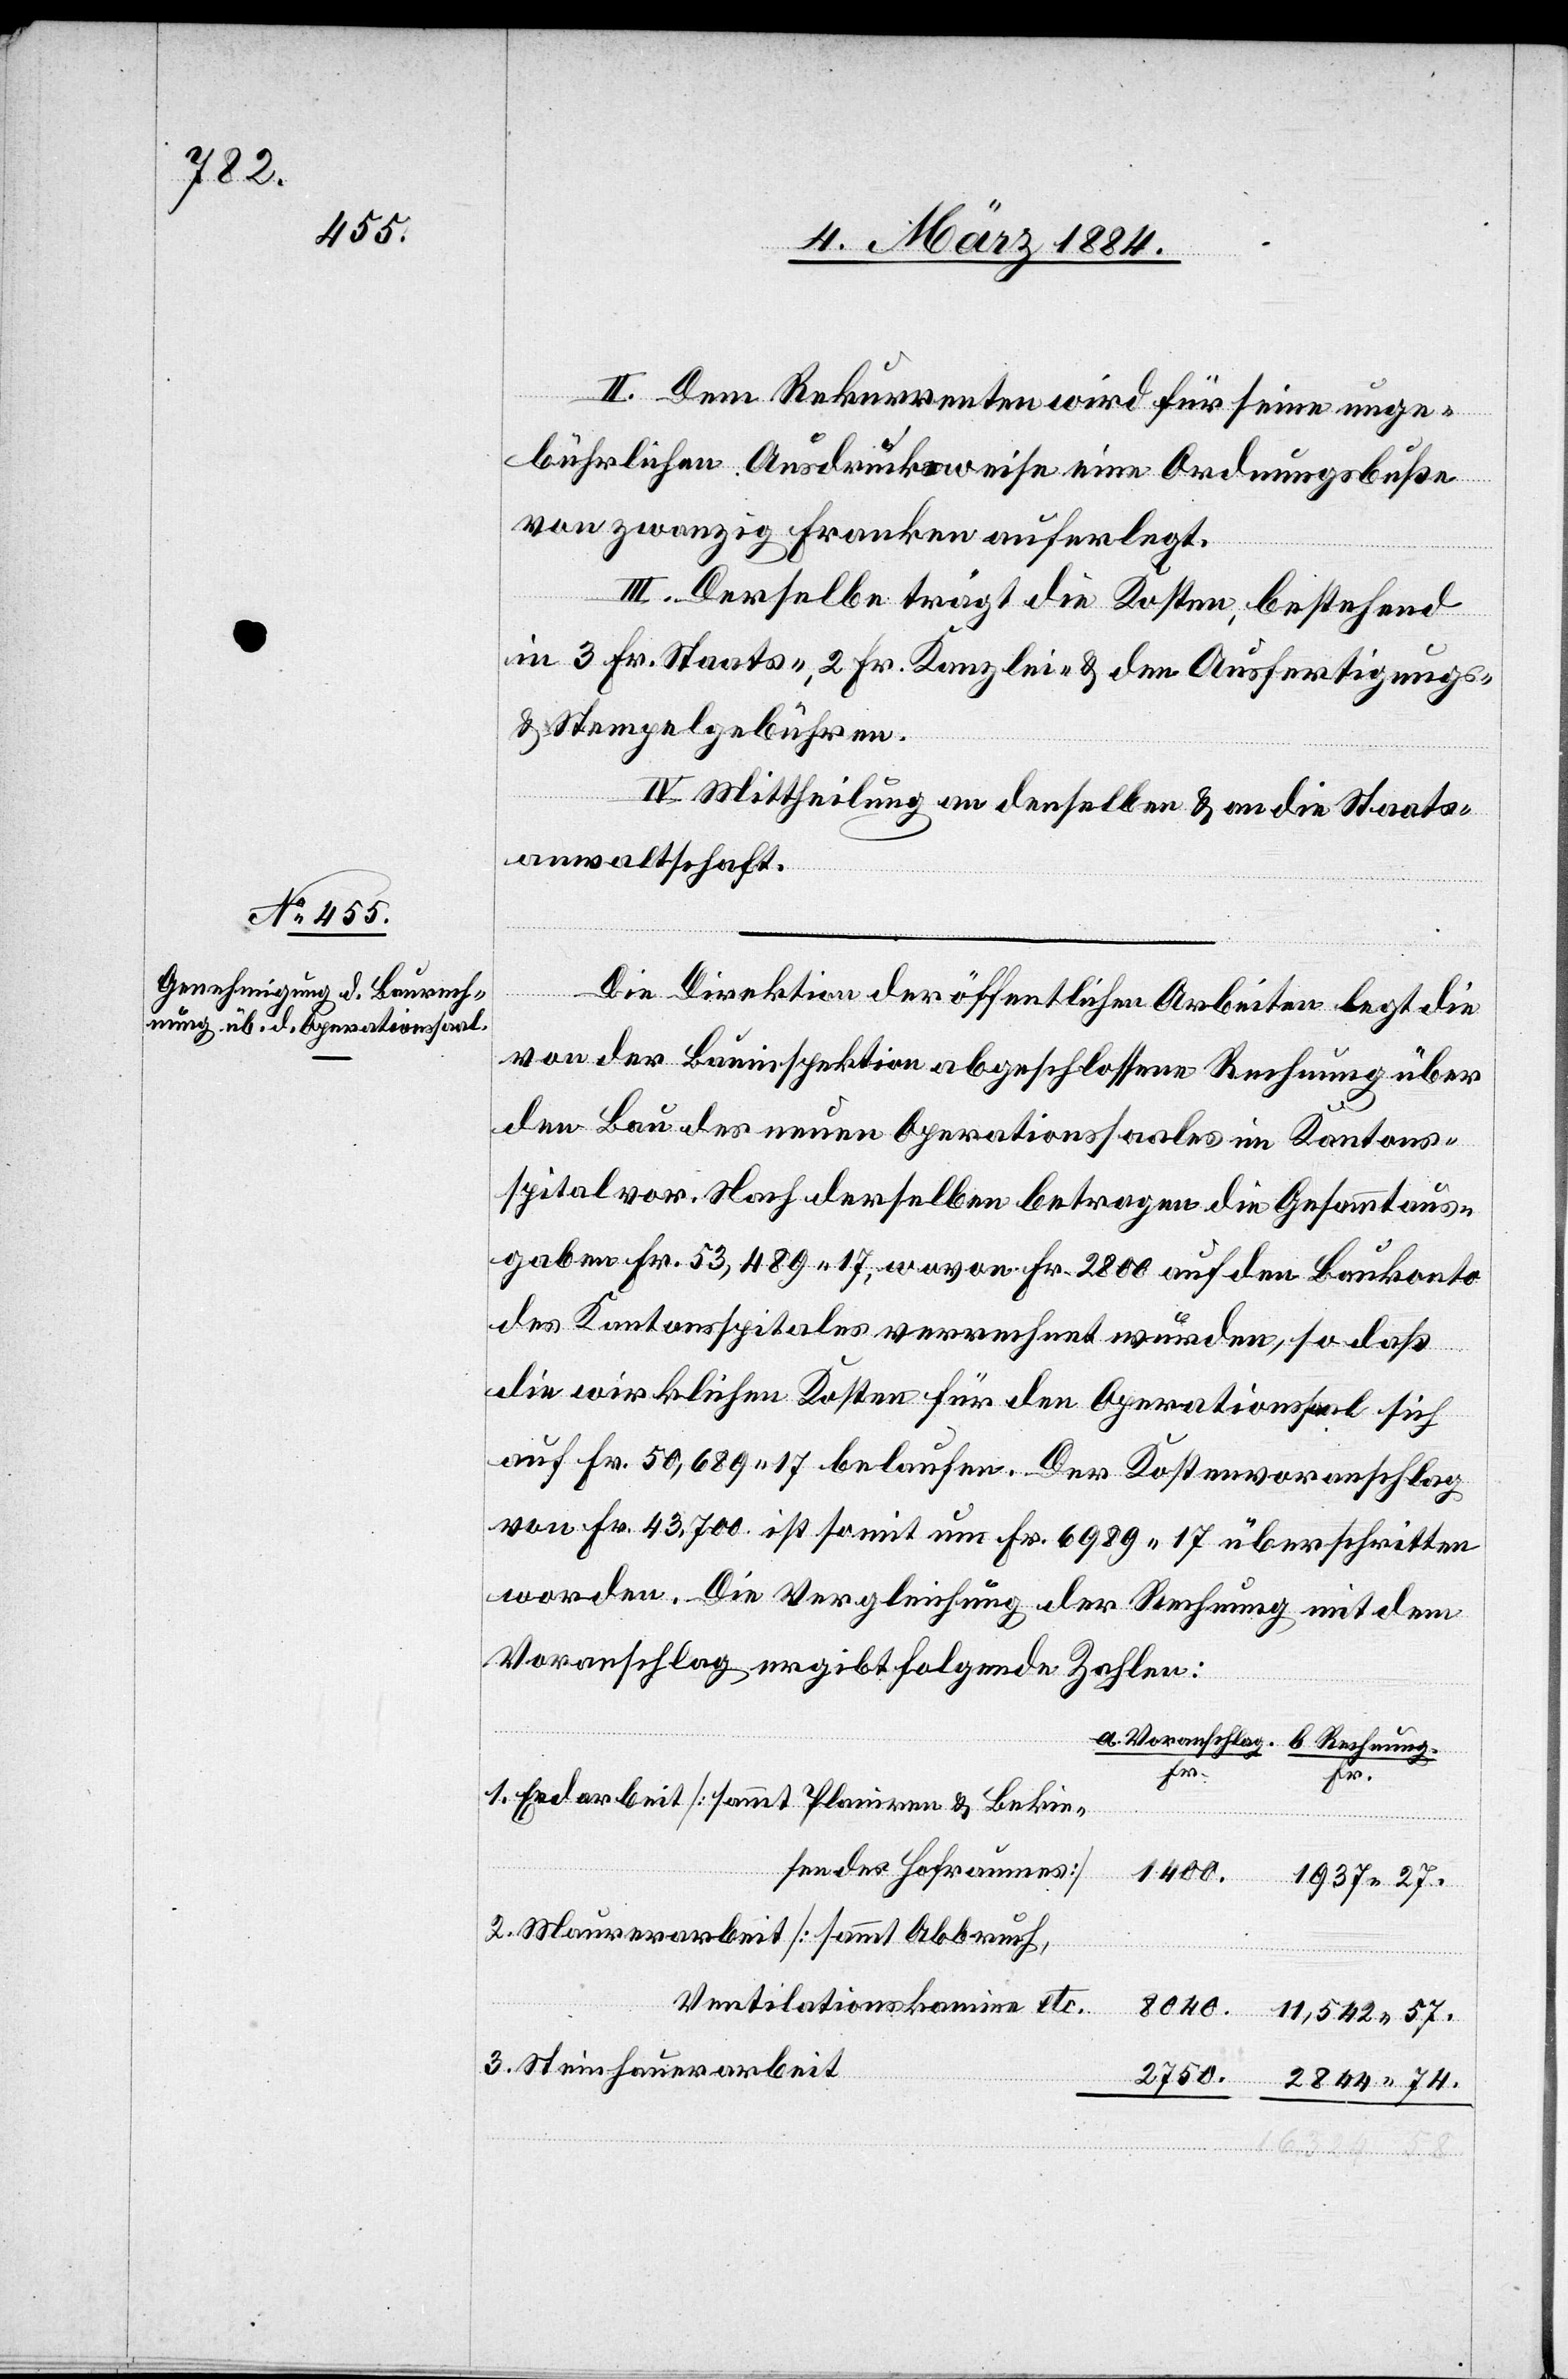
II. Dem Rekurrenten wird für seine unge¬
bührliche Ausdrucksweise eine Ordnungsbuße
von zwanzig Franken auferlegt.
III. Derselbe trägt die Kosten, bestehend
in 3. Fr. Staats- 2 Fr. Kanzlei- & den Ausfertigungs-
& Stempelgebühren.
IV. Mittheilung an denselben & an die Staats¬
anwaltschaft.
Die Direktion der öffentlichen Arbeiten legt die
von der Bauinspektion abgeschlossene Rechnung über
den Bau des neuen Operationssaales im Kantons¬
spital vor. Nach derselben betragen die Gesammtaus¬
gaben Fr. 53,489 17, wovon Fr. 2800 auf den Baukonto
des Kantonsspitals verrechnet wurden, so daß
Rechnung
die wirklichen Kosten für den Operationssaal sich
auf Fr. 50,689 17 belaufen. Der Kostenvoranschlag
von Fr. 3,700 ist somit um Fr. 6989 17 überschritten
worden. Die Vergleichung der Rechnung mit dem
Voranschlag ergibt folgende Zahlen:
Fr.
1.
Erdarbeit [sammt Planiren & Bekie¬
sen des Hofraumes]
1400.
1937 27.
Maurerarbeit [sammt Abbruch,
Ventilationskamine etc.]
Steinhauerarbeit
2750.
2844 74.